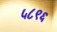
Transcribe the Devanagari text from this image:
५८९६